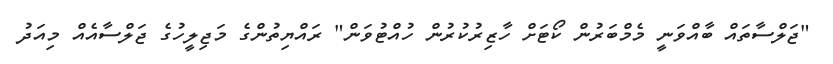
"ޖަލްސާތައް ބާއްވަނީ މެމްބަރުން ކޯޓަށް ހާޒިރުކުރުން ހުއްޓުވަން" ރައްޔިތުންގެ މަޖިލީހުގެ ޖަލްސާއެއް މިއަދު